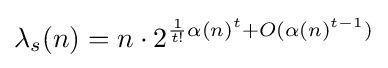
\lambda _{s}(n)=n\cdot 2^{{\frac {1}{t!}}\alpha (n)^{t}+O(\alpha (n)^{t-1})}